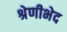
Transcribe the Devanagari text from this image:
श्रेणीभेद